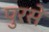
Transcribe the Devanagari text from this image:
पुरसे